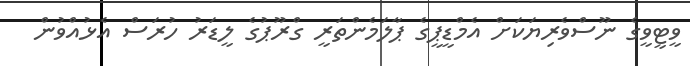
ވީޓީވީގެ ނޫސްވެރިޔަކަށް އެމްޑީޕީގެ ޕާލަމެންތަރީ ގްރޫޕުގެ ލީޑަރު ހުރަސް އެޅުއްވުން